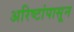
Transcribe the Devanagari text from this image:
अरिष्टांपासून